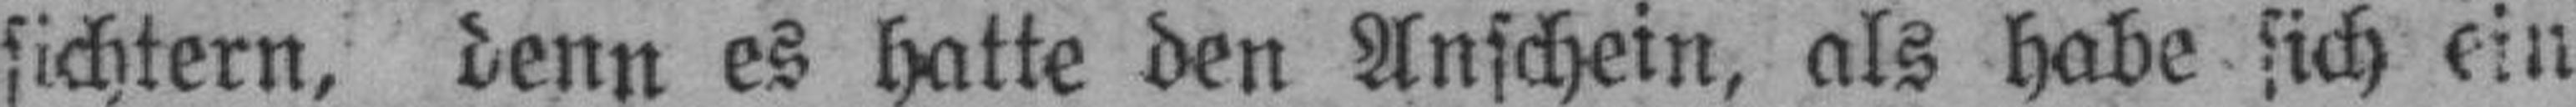
sichtern, denn es hatte den Anschein, als habe sich ein